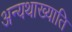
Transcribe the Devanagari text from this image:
अन्यथाख्याति